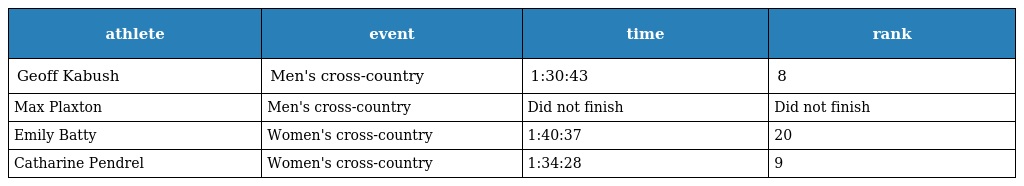
| athlete | event | time | rank |
 | --- | --- | --- | --- |
 | Geoff Kabush | Men's cross-country | 1:30:43 | 8 |
 | Max Plaxton | Men's cross-country | Did not finish | Did not finish |
 | Emily Batty | Women's cross-country | 1:40:37 | 20 |
 | Catharine Pendrel | Women's cross-country | 1:34:28 | 9 |